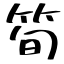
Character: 筍